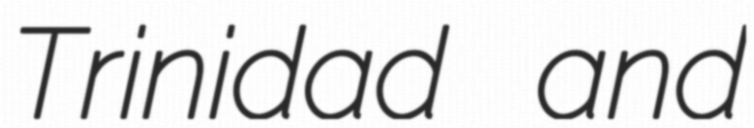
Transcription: Trinidad and